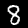
Label: 8